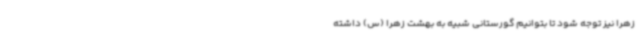
زهرا نیز توجه شود تا بتوانیم گورستانی شبیه به بهشت زهرا (س) داشته